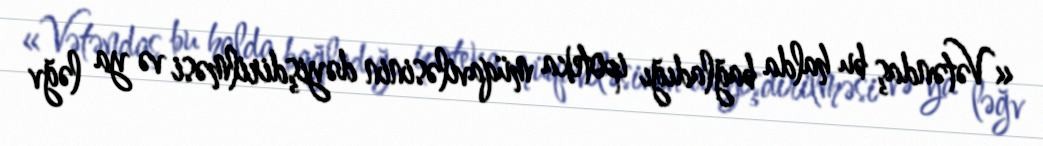
«Vətəndaş bu halda bağladığı ipoteka müqaviləsinin dəyişdirilməsi və ya ləğv